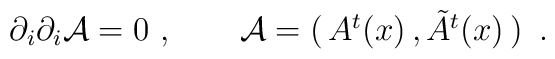
\partial_i  \partial_i  {\cal A} =0 \ ,  \qquad {\cal A} = \left (\matrix{A^t (x)\, ,   \tilde A^t(x) \cr}\right ) \  .